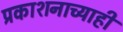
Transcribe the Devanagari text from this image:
प्रकाशनाच्याही